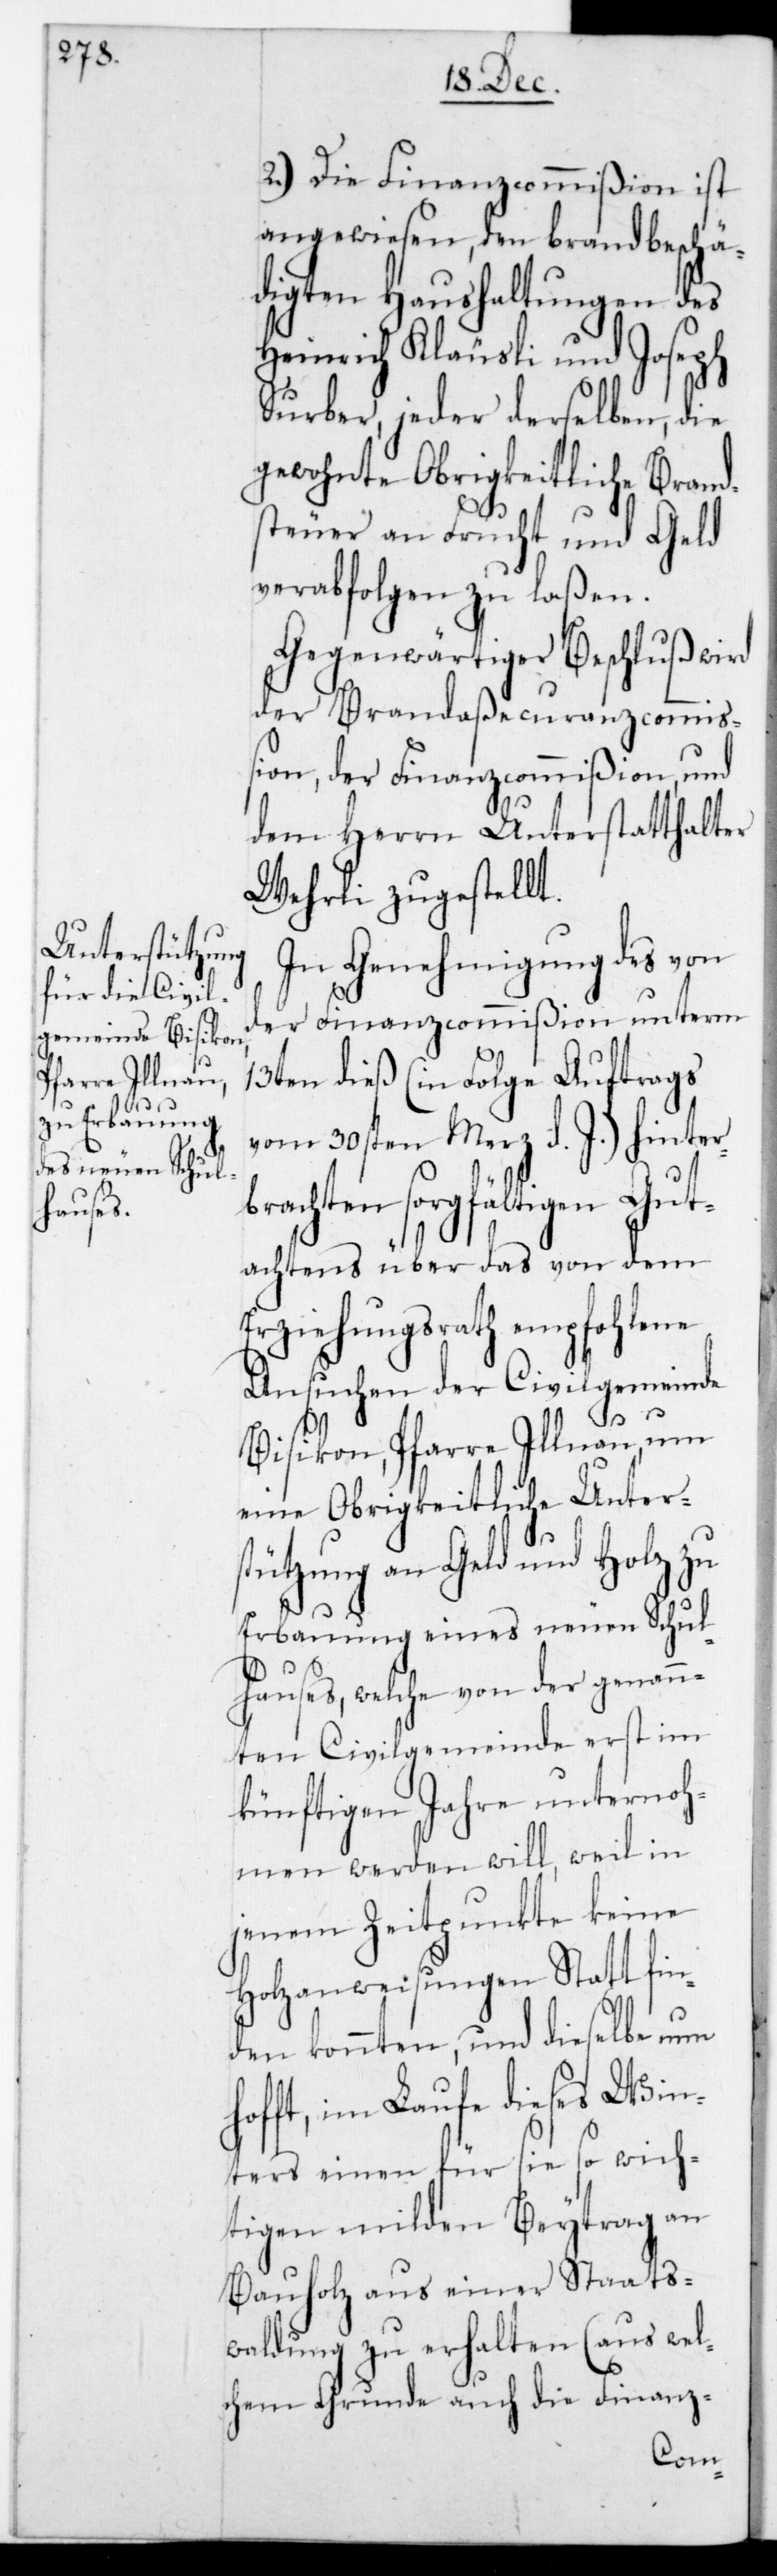
2.) Die Finanzcommißion ist
angewiesen, den brandbeschä¬
digten Haushaltungen des
Heinrich Kläusli und Joseph
Surber, jeder derselben, die
gewohnte Obrigkeitliche Brand¬
steuer an Frucht und Geld
verabfolgen zu laßen.
Gegenwärtiger Beschluß wird
der Brandaßecuranz-Commiß¬
ion, der Finanzcommißion und
dem Herrn Unterstatthalter
Wehrli zugestellt.
In Genehmigung des von
der Finanzcommißion unterm
13ten dieß (in Folge Auftrags
vom 30sten Merz d. J.) hinter¬
brachten sorgfältigen Gut¬
achtens über das von dem
Erziehungsrath empfohlene
Ansuchen der Civilgemeinde
Bisikon, Pfarre Illnau, um
eine Obrigkeitliche Unters¬
tützung an Geld und Holz zu
Erbauung eines neuen Schul¬
hauses, welche von der genann¬
ten Civilgemeinde erst im
künftigen Jahre unterno¬
mmen werden will, weil in
jenem Zeitpunkte keine
Holzanweisungen stattfin¬
den konnten, und dieselbe nun
hofft, im Laufe dieses Win¬
ters einen für sie so wich¬
tigen milden Beitrag an
Bauholz aus einer Staats¬
waldung zu erhalten (aus wel¬
chem Grunde auch die Finanz-